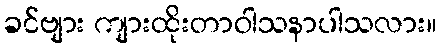
ခင်ဗျား ကျားထိုးတာဝါသနာပါသလား။